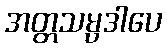
အတ္တသမ္ပဒါပေ